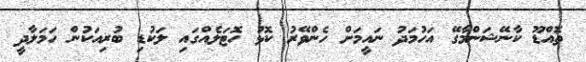
ތޮއްޑޫ ކާނޭޝަންމާގޭ އަހުމަދު ނައީމަށް ހެންވޭރު ކޮޅު ހޮޓަލެއްގައި ލަކުޑި ބުރިއަކުން ހަމަލާދީ